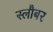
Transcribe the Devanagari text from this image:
स्लौबर